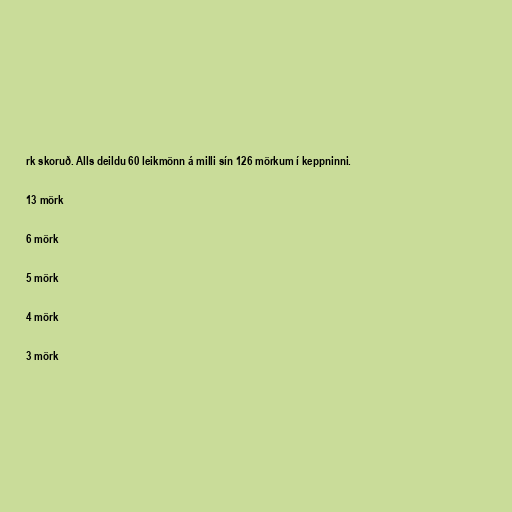
rk skoruð. Alls deildu 60 leikmönn á milli sín 126 mörkum í keppninni.

13 mörk

6 mörk

5 mörk

4 mörk

3 mörk